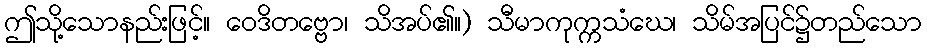
ဤသို့သောနည်းဖြင့်။ ဝေဒိတဗ္ဗော၊ သိအပ်၏။) သီမာကုက္ကသံဃေ၊ သိမ်အပြင်၌တည်သော